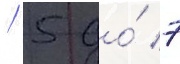
/ 5 до́ 7